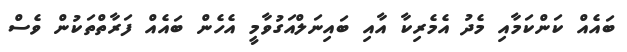
ބައެއް ކަންކަމާއި މެދު އެމެރިކާ އާއި ބައިނަލްއަގުވާމީ އެހެން ބައެއް ފަރާތްތަކުން ވެސް